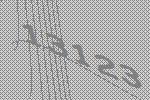
13123